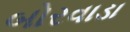
બોરવાડા